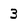
Character: 3